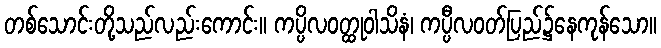
တစ်သောင်းတို့သည်လည်းကောင်း။ ကပ္ပိလဝတ္ထုဝါသိနံ၊ ကပ္ပီလဝတ်ပြည်၌နေကုန်သော။